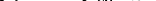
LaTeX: \smash{\mathcal{N}^{L}\equiv\mathcal{N}_{\! p}^{L}a^{3}}